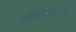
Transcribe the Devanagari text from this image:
ख्स्य्त्ग्स्